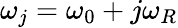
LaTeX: \omega_{j}=\omega_{0}+j\omega_{R}